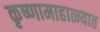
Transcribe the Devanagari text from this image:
कृष्णामाहात्म्यात